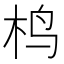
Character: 㭤